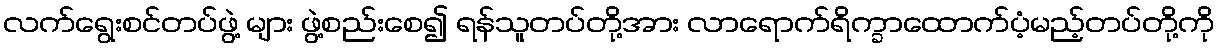
လက်ရွေးစင်တပ်ဖွဲ့ များ ဖွဲ့စည်းစေ၍ ရန်သူတပ်တို့အား လာရောက်ရိက္ခာထောက်ပံ့မည့်တပ်တို့ကို